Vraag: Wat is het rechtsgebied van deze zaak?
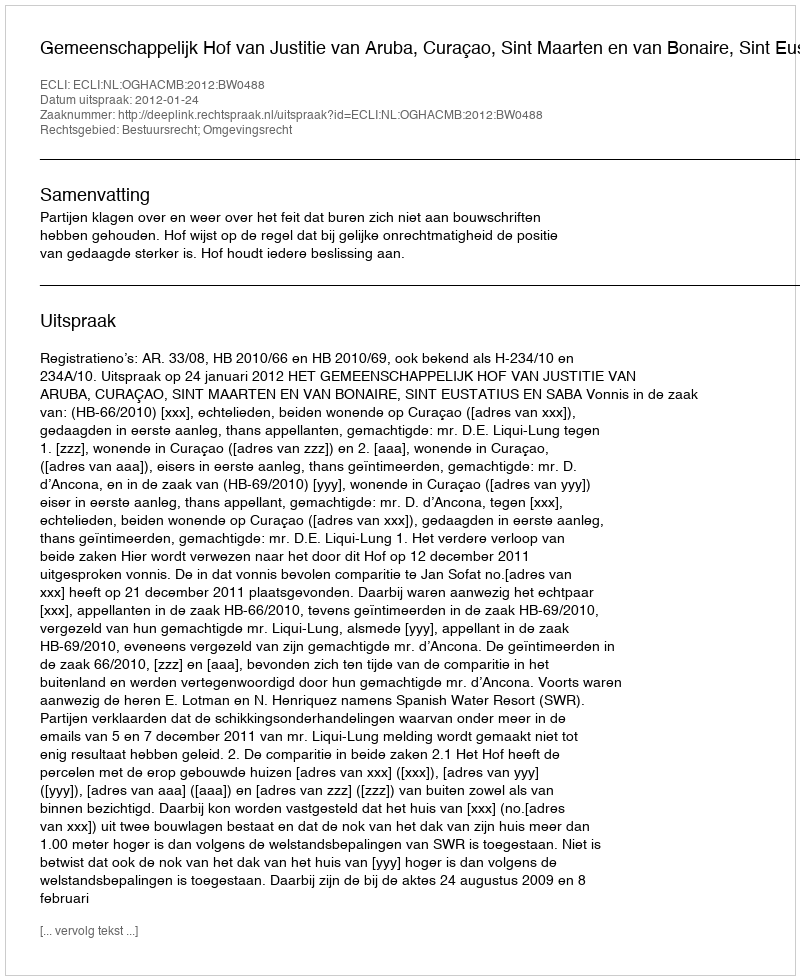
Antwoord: Bestuursrecht; Omgevingsrecht